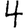
Digit: 4